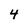
Character: 4